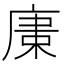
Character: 𢉫